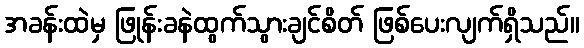
အခန်းထဲမှ ဖြုန်းခနဲထွက်သွားချင်စိတ် ဖြစ်ပေးလျက်ရှိသည်။